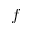
f